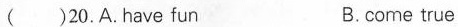
( )20.A.have fun B.come true